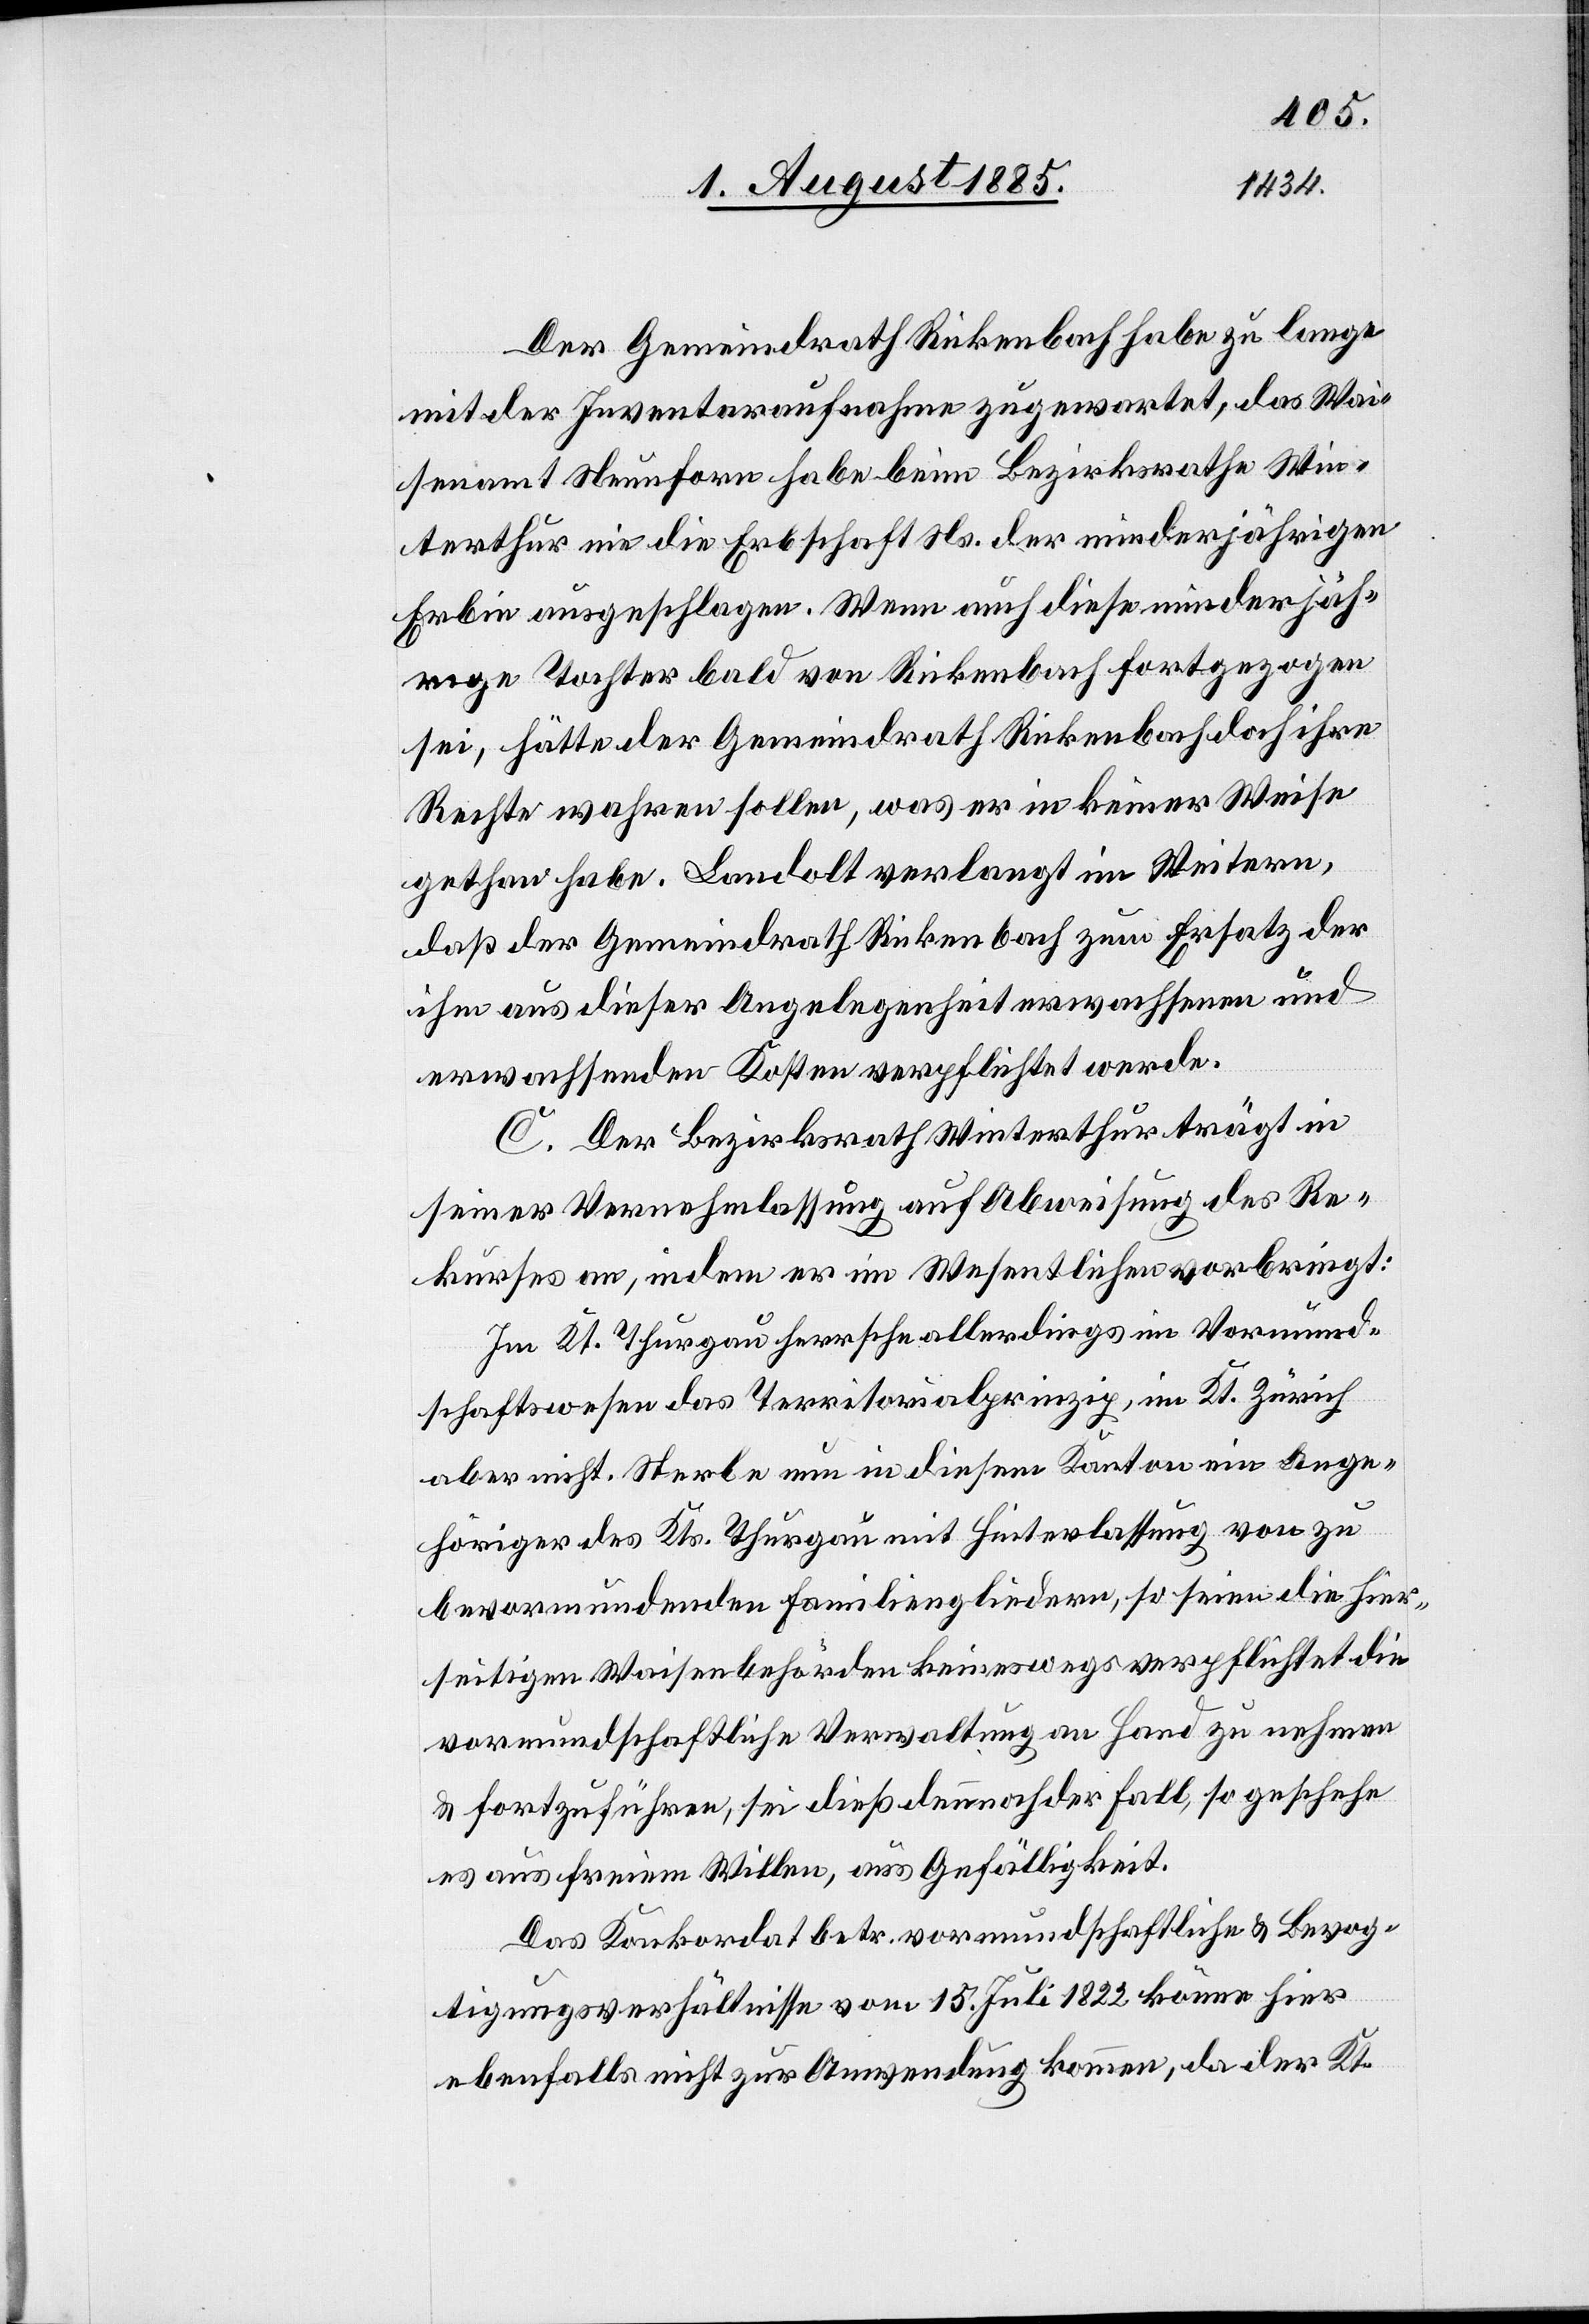
Der Gemeindrath Rickenbach habe zu lange
mit der Inventaraufnahme zugewartet, das Wai¬
senamt Neunforn habe beim Bezirksrathe Win¬
terthur ein die Erbschaft Ns. der minderjährigen
Erbin ausgeschlagen. Wenn auch diese minderjäh¬
rige Tochter bald von Rickenbach fortgezogen
sei, hätte der Gemeindrath Rickenbach doch ihre
Rechte wahren sollen, was er in keiner Weise
gethan habe. Landolt verlangt im Weitern,
daß der Gemeindrath Rickenbach zum Ersatz der
ihm aus dieser Angelgenehit erwachsenen und
erwachsenden Kosten verpflichtet werde.
C. Der Bezirksrath Winterthur trägt in
seiner Vernehmlassung auf Abweisung des Re¬
kurses an, indem er im Wesentlichen vorbringt:
Im Kt. Thurgau herrsche allerdings im Vormund¬
schaftswesen das Territorialprinzip, im Kt. Zürich
aber nicht. Sterbe nun in diesem Kanton ein Ange¬
höriger des Kts. Thurgau mit Hinterlassung von zu
bevormundenden Familiengliedern, so seien die hier¬
seitigen Waisenbehörden keineswegs verpflichtet die
vormundschaftliche Verwaltung an Hand zu nehmen
& fortzuführen, sei dieß dennoch der Fall, so geschehe
es aus freiem Willen, aus Gefälligkeit.
Das Konkordat betr. vormundschaftliche & Bevog¬
tigungsverhältnisse vom 15. Juli 1882 könne hier
ebenfalls nicht zur Anwendung kommen, da der Kt.